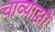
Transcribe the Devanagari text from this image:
चाव्याद्वारे